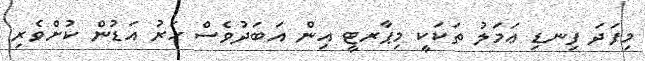
މިފަދަ ފިނޑި ޢަމަލު ތަކަކީ މިޕާރޓީ އިން އަބަދުވެސް ހަރު އަޑުން ކުށްވެރި